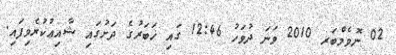
02 ނޮވެމްބަރ 2010 ވަނަ ދުވަހު 12:46 ގައި ޚަބަރުގެ ދަށުގައި ޝާއިޢުކުރެވިފައި.